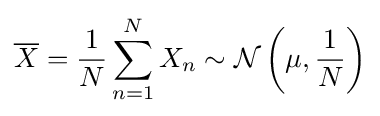
{\overline {X}}={\frac {1}{N}}\sum _{n=1}^{N}X_{n}\sim {\mathcal {N}}\left(\mu ,{\frac {1}{N}}\right)